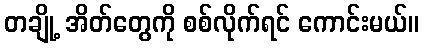
တချို့ အိတ်တွေကို စစ်လိုက်ရင် ကောင်းမယ်။